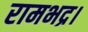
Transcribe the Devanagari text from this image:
रामभद्र।